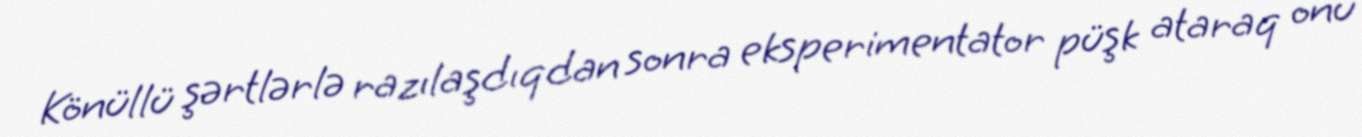
Könüllü şərtlərlə razılaşdıqdan sonra eksperimentator püşk ataraq onu